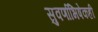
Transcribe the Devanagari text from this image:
सुवर्णाभिषेकही